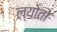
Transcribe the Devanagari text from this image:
ल्योतो